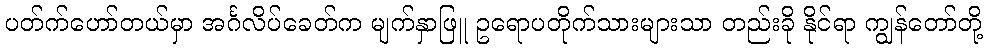
ပတ်က်ဟော်တယ်မှာ အင်္ဂလိပ်ခေတ်က မျက်နှာဖြူ ဥရောပတိုက်သားများသာ တည်းခို နိုင်ရာ ကျွန်တော်တို့